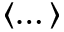
\langle \dots \rangle